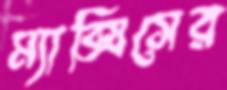
ম্যাক্সিসের